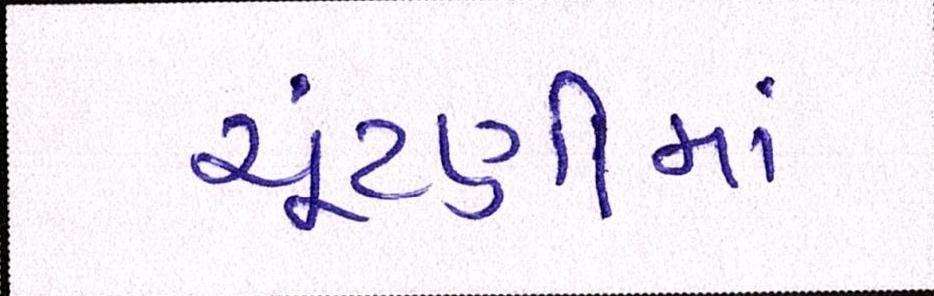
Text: ચૂંટણીમાં